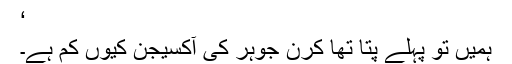
‘
ہمیں تو پہلے پتا تھا کرن جوہر کی آکسیجن کیوں کم ہے۔